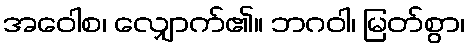
အဝေါစ၊ လျှောက်၏။ ဘဂဝါ၊ မြတ်စွာ၊